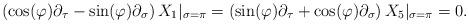
LaTeX: \begin{align*}\left(\cos(\varphi)\partial_{\tau}-\sin(\varphi)\partial_{\sigma}\right)X_1|_{\sigma=\pi}=\left(\sin(\varphi)\partial_{\tau}+\cos(\varphi)\partial_{\sigma}\right)X_5|_{\sigma=\pi}=0.\end{align*}